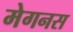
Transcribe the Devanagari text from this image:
मेगनस